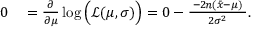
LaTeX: \begin{array} { r l } { 0 } & { { } = { \frac { \partial } { \partial \mu } } \log { \Big ( } { \mathcal { L } } ( \mu , \sigma ) { \Big ) } = 0 - { \frac { \; - 2 \! n ( { \bar { x } } - \mu ) \; } { 2 \sigma ^ { 2 } } } . } \end{array}